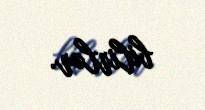
bilirlər.